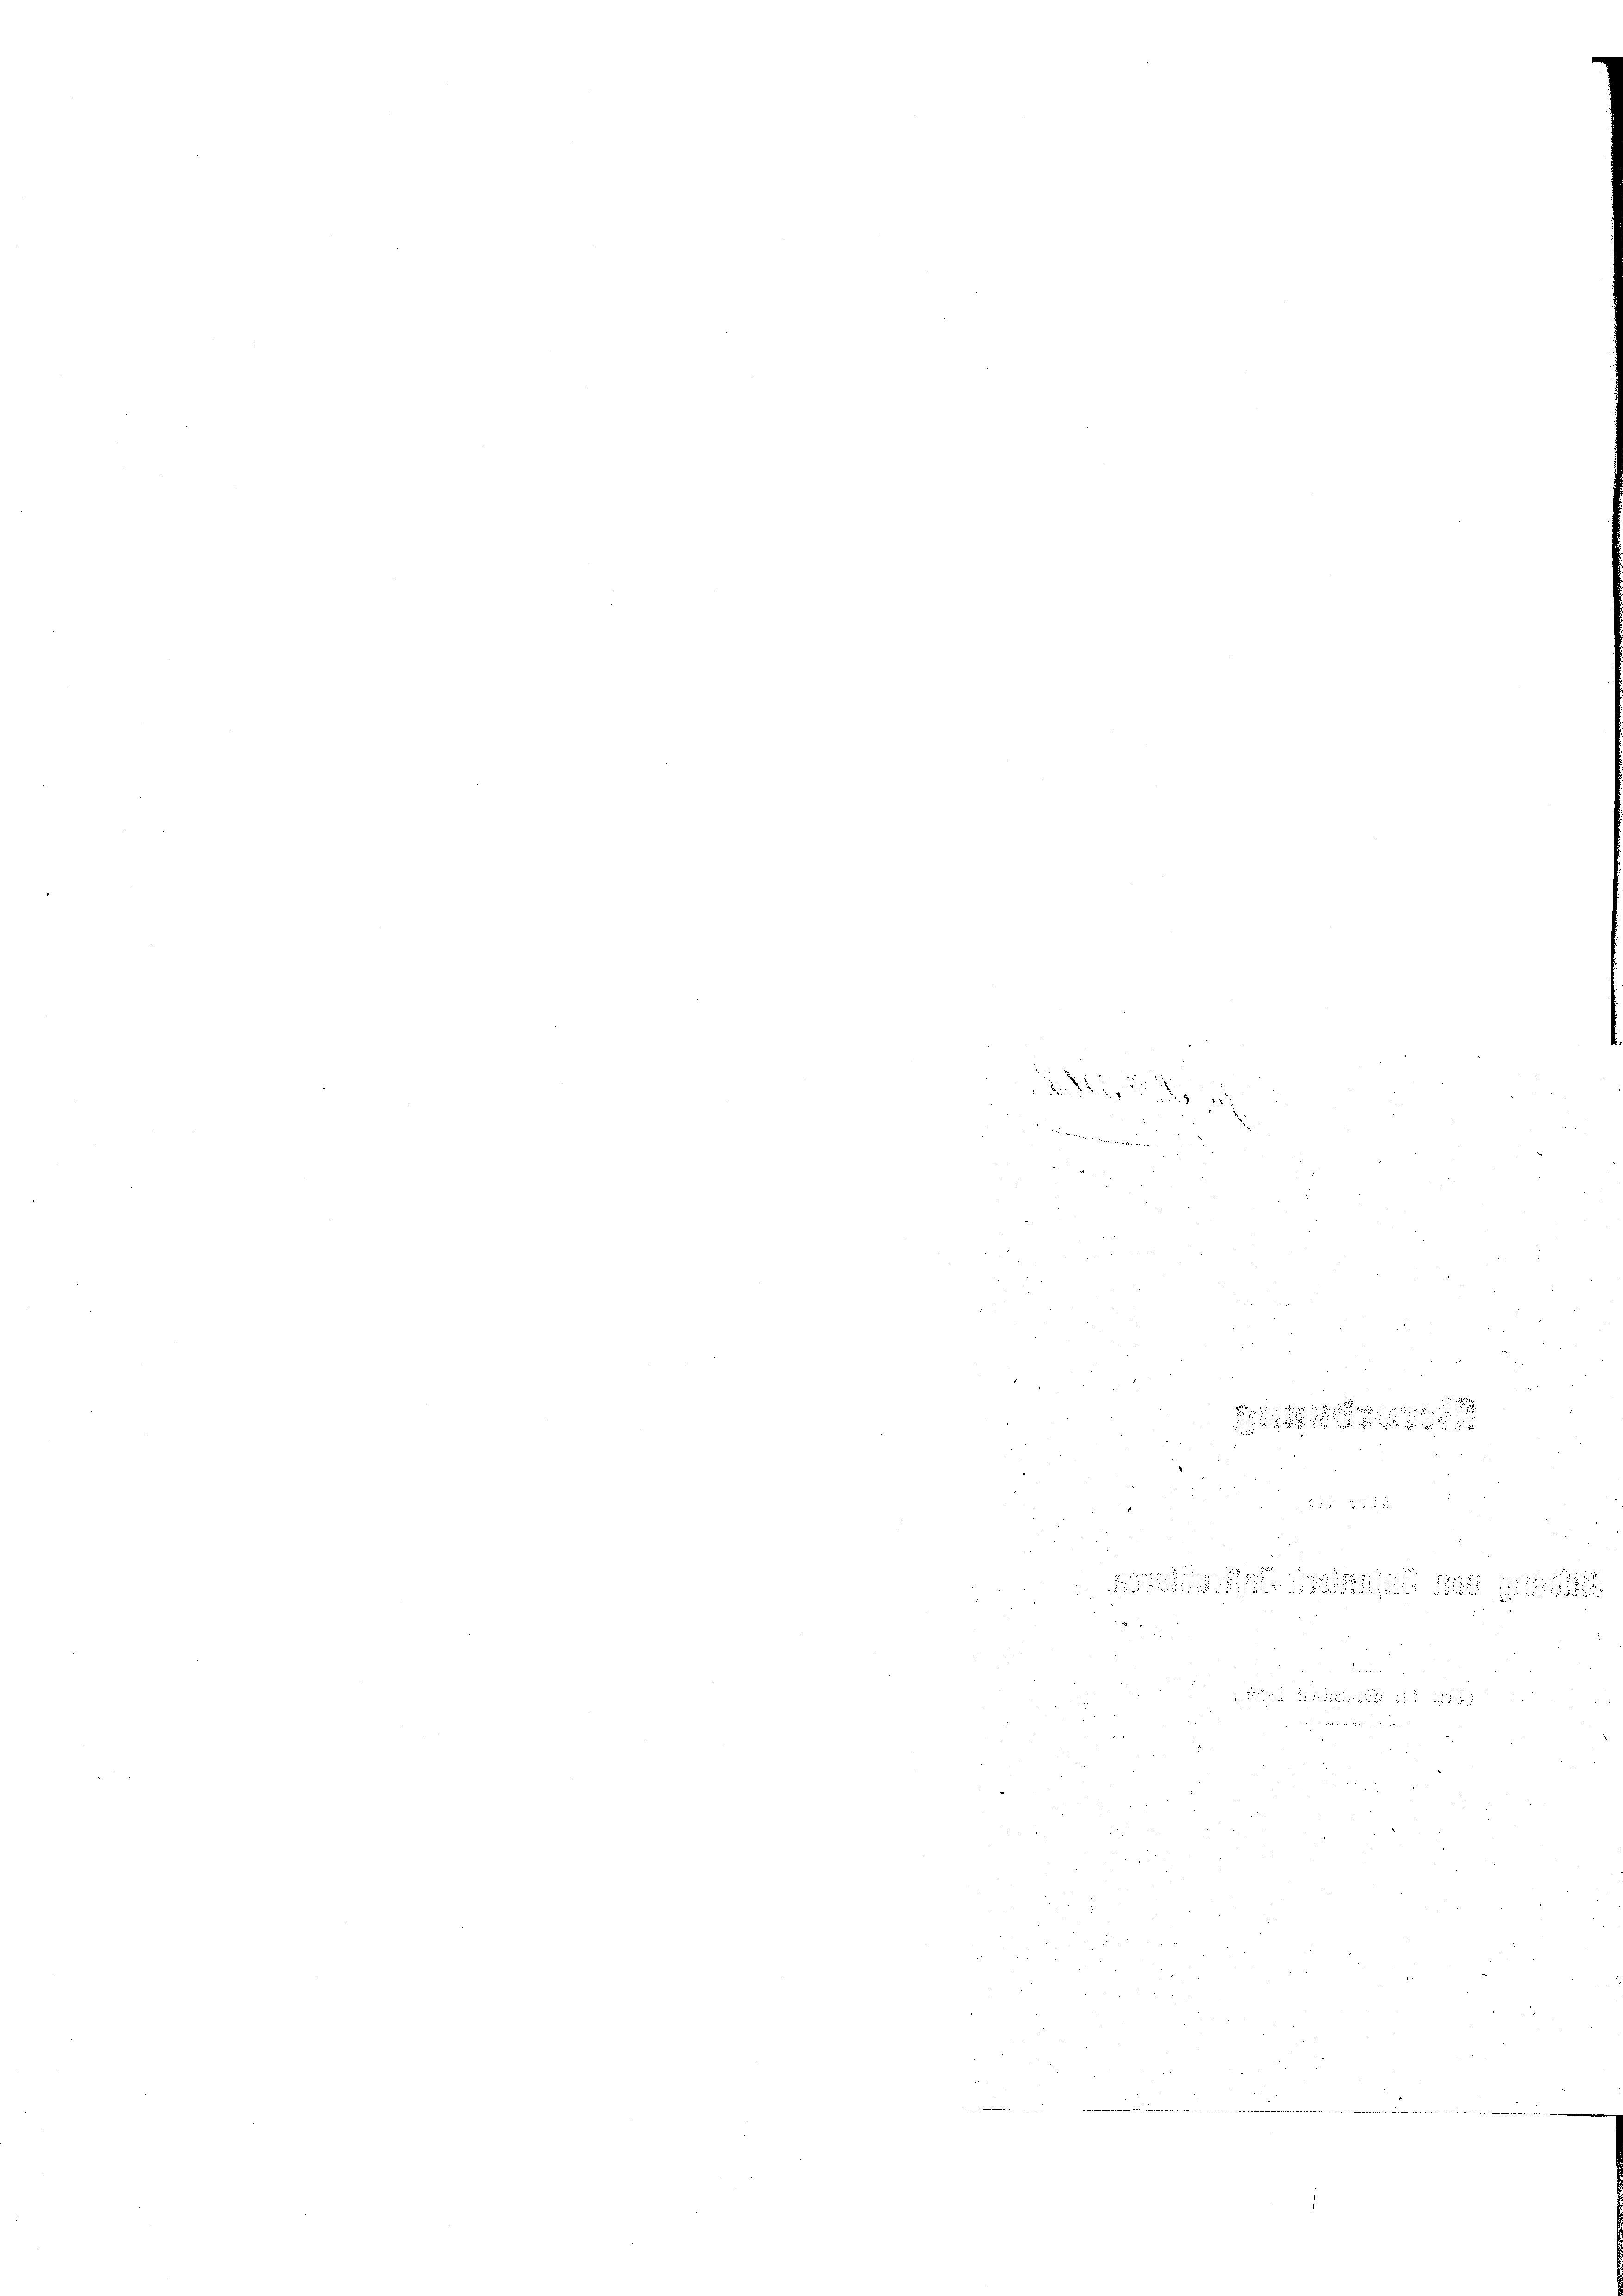
Wer d

e
.
 2 1
d
2

41
n

5
i der

demauer

  .   Bericht in der